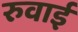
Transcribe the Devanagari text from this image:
रुवाई